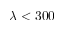
\lambda < 3 0 0